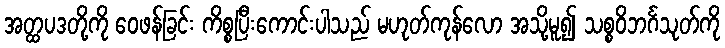
အတ္ထပဒတို့ကို ဝေဖန်ခြင်း ကိစ္စပြီးကောင်းပါသည် မဟုတ်ကုန်လော အသို့မူ၍ သစ္စဝိဘင်္ဂသုတ်ကို